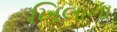
ખિલાના